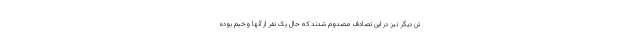
تن دیگر نیز در این تصادف مصدوم شدند که حال یک نفر از آنها وخیم بوده